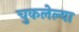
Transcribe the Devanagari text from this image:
चुकलेल्या